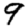
Digit: 9